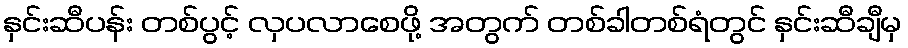
နှင်းဆီပန်း တစ်ပွင့် လှပလာစေဖို့ အတွက် တစ်ခါတစ်ရံတွင် နှင်းဆီချီမှ